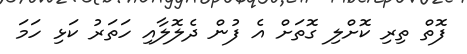
ފޮތް ތިރި ކޮށްލި ގޮތަށް އެ ފުން ދެލޮލާއި ހަތަރު ކަޅި ހަމަ